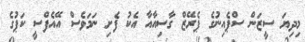
މިދިޔަ ސީޒަން ސްޕެއިނުގެ ޕެރޭޒް ގާސިއާއާ އެކު ފެށި ނަމަވެސް އޭއެފްސީ ކަޕުގެ